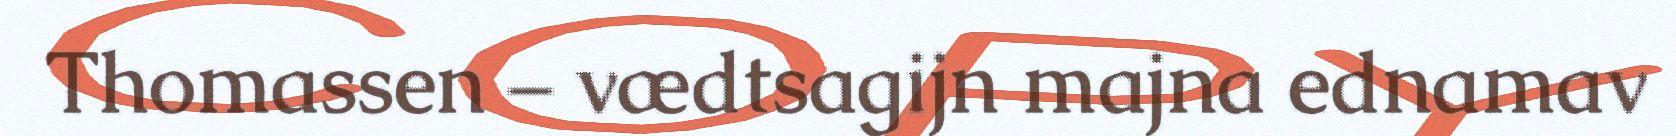
Thomassen – vædtsagijn majna ednamav